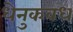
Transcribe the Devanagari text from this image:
धेनुकवध